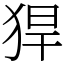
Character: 猂